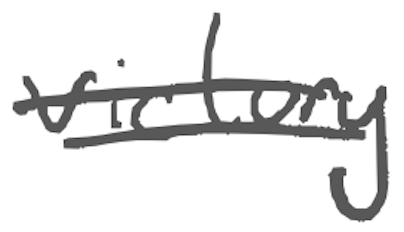
Text: victory
Cross-out: double-line
Writing tool: digital_gray